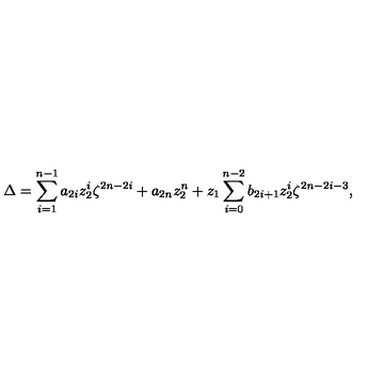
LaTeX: \Delta = \sum _ { i = 1 } ^ { n - 1 } a _ { 2 i } z _ { 2 } ^ { i } \zeta ^ { 2 n - 2 i } + a _ { 2 n } z _ { 2 } ^ { n } + z _ { 1 } \sum _ { i = 0 } ^ { n - 2 } b _ { 2 i + 1 } z _ { 2 } ^ { i } \zeta ^ { 2 n - 2 i - 3 } ,